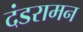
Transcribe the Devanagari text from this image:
दंडरामन